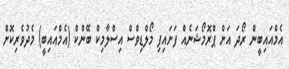
އެމްއައިބީން ރޯދަ އަށް ޕްރޮމޯޝަނެއް ފަށައިފި މޯލްޑިވްސް އިސްލާމިކް ބޭންކް (އެމްއައިބީ) މެދުވެރިކޮށް